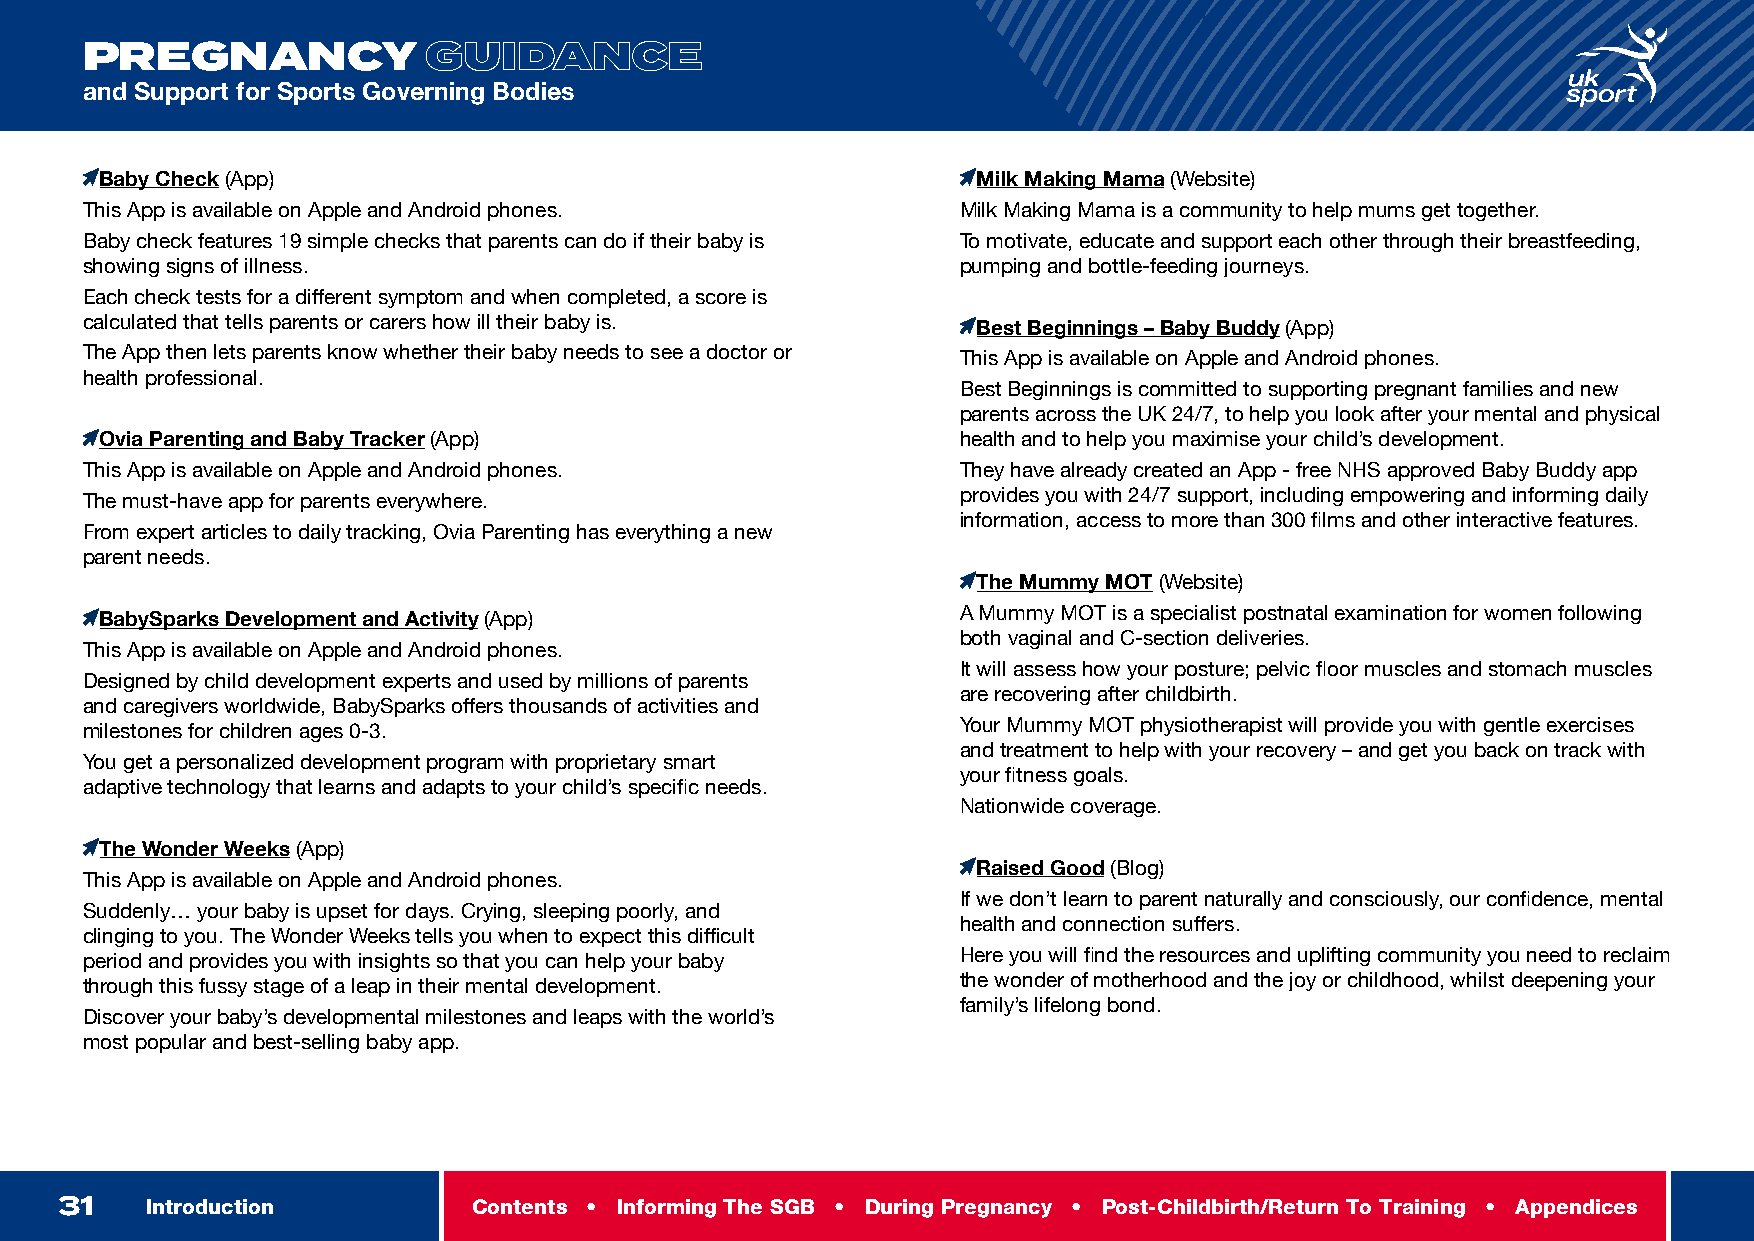
INTRODUCTION
 PREGNANCY              GUIDANCE
 and Support for Sports Governing Bodies
 Baby Check (App)                                          Milk Making Mama (Website)
 This App is available on Apple and Android phones.         Milk Making Mama is a community to help mums get together.
 Baby check features 19 simple checks that parents can do if their baby is To motivate, educate and support each other through their breastfeeding,
 showing signs of illness.                                  pumping and bottle-feeding journeys.
 Each check tests for a different symptom and when completed, a score is
 calculated that tells parents or carers how ill their baby is. Best Beginnings – Baby Buddy (App)
 The App then lets parents know whether their baby needs to see a doctor or This App is available on Apple and Android phones.
 health professional.
 Best Beginnings is committed to supporting pregnant families and new
 parents across the UK 24/7, to help you look after your mental and physical
 Ovia Parenting and Baby Tracker (App)                    health and to help you maximise your child’s development.
 This App is available on Apple and Android phones.         They have already created an App - free NHS approved Baby Buddy app
 The must-have app for parents everywhere.                  provides you with 24/7 support, including empowering and informing daily
 information, access to more than 300 films and other interactive features.
 From expert articles to daily tracking, Ovia Parenting has everything a new
 parent needs.
 The Mummy MOT (Website)
 BabySparks Development and Activity (App)                A Mummy MOT is a specialist postnatal examination for women following
 both vaginal and C-section deliveries.
 This App is available on Apple and Android phones.
 It will assess how your posture; pelvic floor muscles and stomach muscles
 Designed by child development experts and used by millions of parents
 are recovering after childbirth.
 and caregivers worldwide, BabySparks offers thousands of activities and
 milestones for children ages 0-3.                          Your Mummy MOT physiotherapist will provide you with gentle exercises
 and treatment to help with your recovery – and get you back on track with
 You get a personalized development program with proprietary smart
 your fitness goals.
 adaptive technology that learns and adapts to your child’s specific needs.
 Nationwide coverage.
 The Wonder Weeks (App)
 Raised Good (Blog)
 This App is available on Apple and Android phones.
 If we don’t learn to parent naturally and consciously, our confidence, mental
 Suddenly… your baby is upset for days. Crying, sleeping poorly, and
 health and connection suffers.
 clinging to you. The Wonder Weeks tells you when to expect this difficult
 period and provides you with insights so that you can help your baby Here you will find the resources and uplifting community you need to reclaim
 through this fussy stage of a leap in their mental development. the wonder of motherhood and the joy or childhood, whilst deepening your
 family’s lifelong bond.
 Discover your baby’s developmental milestones and leaps with the world’s
 most popular and best-selling baby app.
 31    Introduction         Contents • Informing The SGB • During Pregnancy • Post-Childbirth/Return To Training • Appendices